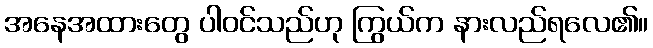
အနေအထားတွေ ပါဝင်သည်ဟု ကြွယ်က နားလည်ရလေ၏။